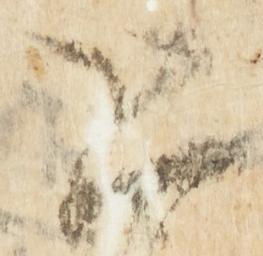
恐